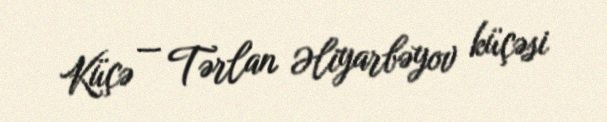
Küçə — Tərlan Əliyarbəyov küçəsi